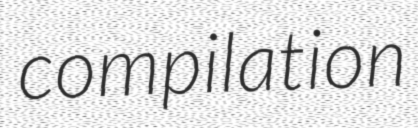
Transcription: compilation